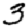
Digit: 3